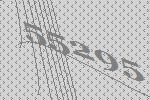
55295